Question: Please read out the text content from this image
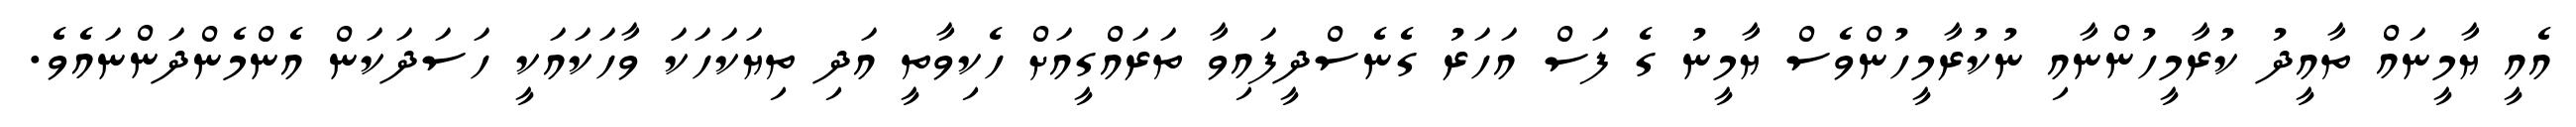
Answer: އެއީ ޔާމީނައް ތާއީދު ކުރާމީހުންނާއި ނުކުރާމީހުންވެސް ޔާމީނު ގެ ފަސް އަހަރު ގެނެސްދީފައިވާ ތަރައްގީއަށް ހެކިވާތީ އަދި ތިޔަކަހަކަ ވާހަކައަކީ ހަސަދަކަން އެންމެންދަންނައެވެ.